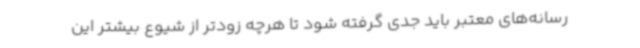
رسانه‌های معتبر باید جدی گرفته شود تا هرچه زودتر از شیوع بیشتر این